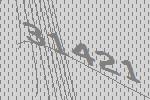
31421